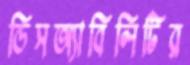
ডিসঅ্যাবিলিটির